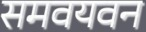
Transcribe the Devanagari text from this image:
समवयवन